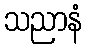
သညာနံ